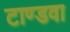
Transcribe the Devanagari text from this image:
टाण्डवा